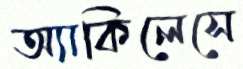
অ্যাকিলেসে